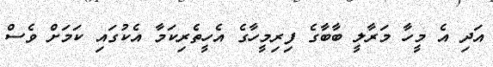
އަދި އެ މީހާ މަރާލީ ބާބާގެ ފިރިމީހާގެ އެހީތެރިކަމާ އެކުގައި ކަމަށް ވެސް